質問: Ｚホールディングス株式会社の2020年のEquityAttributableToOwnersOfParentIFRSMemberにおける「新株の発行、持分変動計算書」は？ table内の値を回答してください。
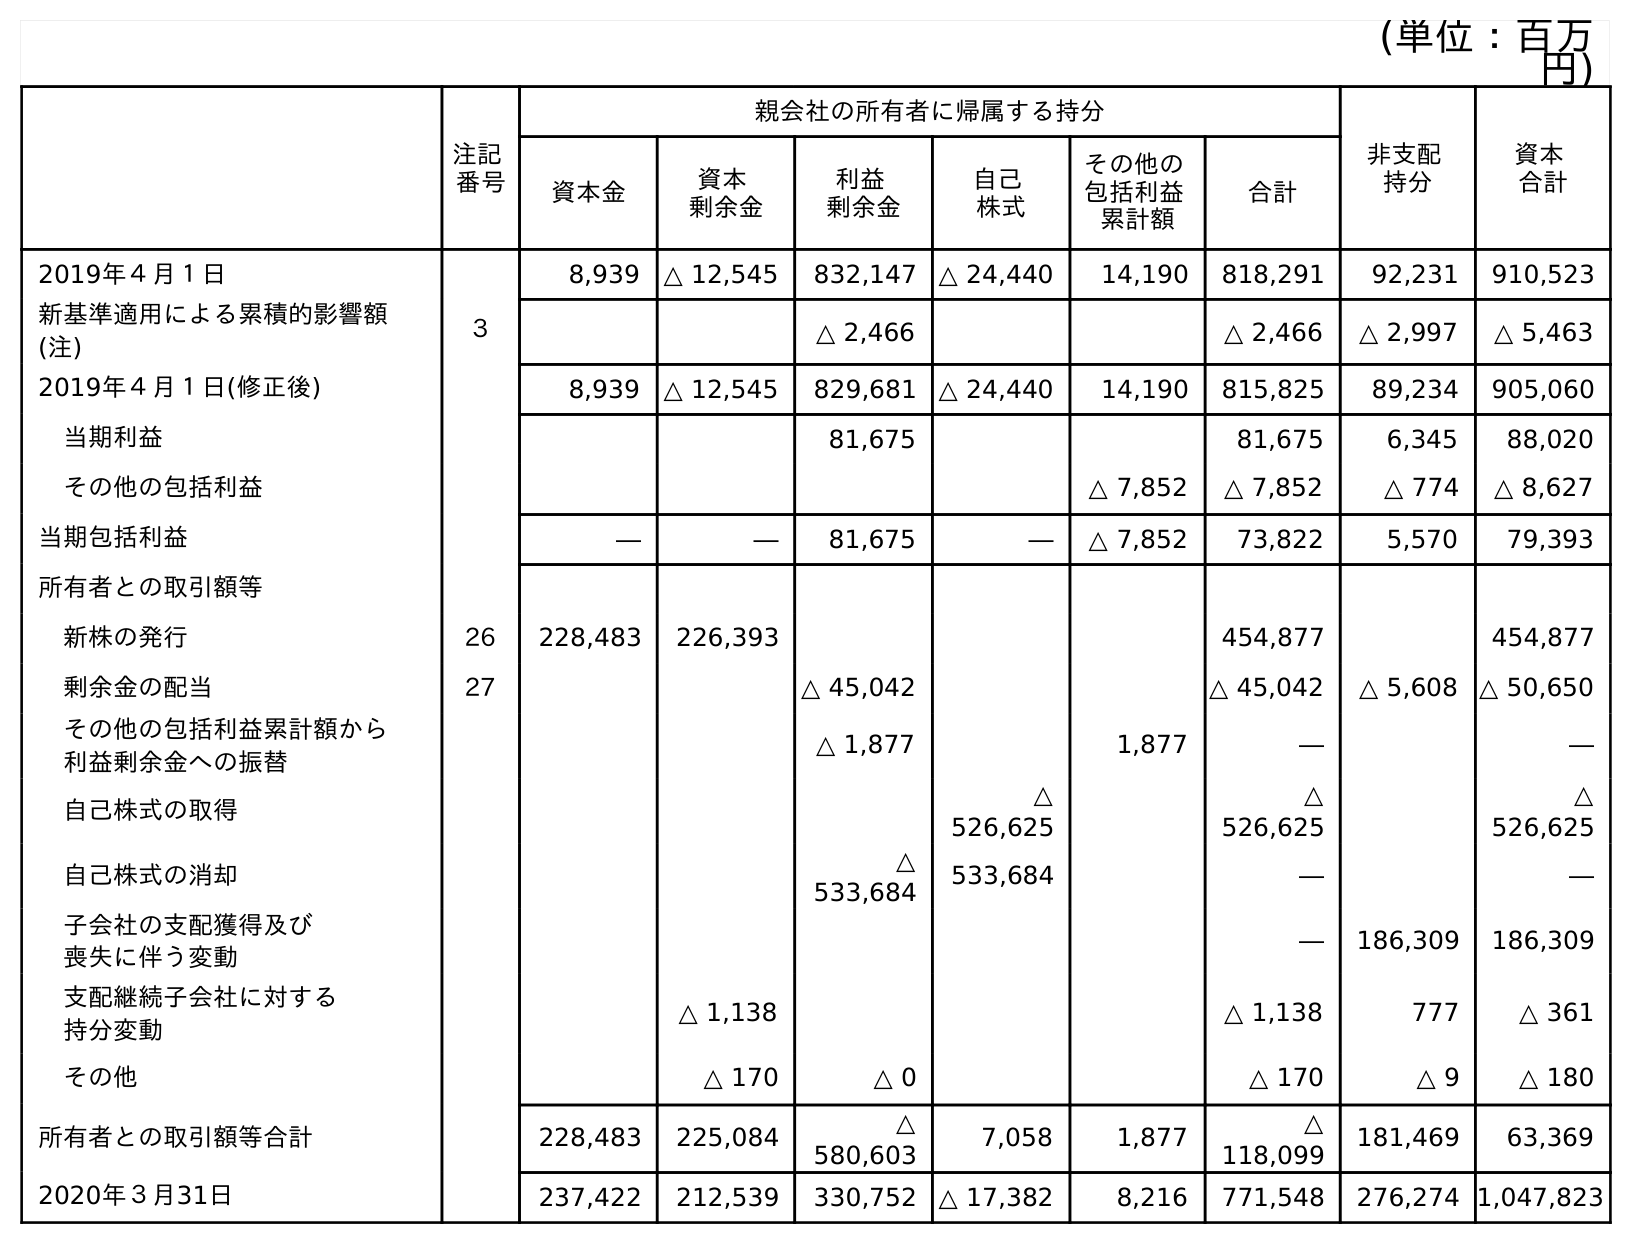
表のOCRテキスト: (単位：百万 円) 注記 番号 親会社の所有者に帰属する持分 非支配 持分 資本 合計 資本金 資本 剰余金 利益 剰余金 自己 株式 その他の 包括利益 累計額 合計 2019年４月１日 8,939 △ 12,545 832,147 △ 24,440 14,190 818,291 92,231 910,523 新基準適用による累積的影響額 (注) ３ △ 2,466 △ 2,466 △ 2,997 △ 5,463 2019年４月１日(修正後) 8,939 △ 12,545 829,681 △ 24,440 14,190 815,825 89,234 905,060 当期利益 81,675 81,675 6,345 88,020 その他の包括利益 △ 7,852 △ 7,852 △ 774 △ 8,627 当期包括利益 ― ― 81,675 ― △ 7,852 73,822 5,570 79,393 所有者との取引額等 新株の発行 26 228,483 226,393 454,877 454,877 剰余金の配当 27 △ 45,042 △ 45,042 △ 5,608 △ 50,650 その他の包括利益累計額から 利益剰余金への振替 △ 1,877 1,877 ― ― 自己株式の取得 △ 526,625 △ 526,625 △ 526,625 自己株式の消却 △ 533,684 533,684 ― ― 子会社の支配獲得及び 喪失に伴う変動 ― 186,309 186,309 支配継続子会社に対する 持分変動 △ 1,138 △ 1,138 777 △ 361 その他 △ 170 △ 0 △ 170 △ 9 △ 180 所有者との取引額等合計 228,483 225,084 △ 580,603 7,058 1,877 △ 118,099 181,469 63,369 2020年３月31日 237,422 212,539 330,752 △ 17,382 8,216 771,548 276,274 1,047,823
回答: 454,877